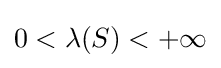
0<\lambda (S)<+\infty